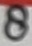
Text: 8